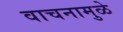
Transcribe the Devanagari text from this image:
वाचनामुळे